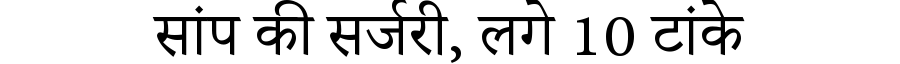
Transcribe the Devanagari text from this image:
सांप की सर्जरी, लगे 10 टांके